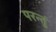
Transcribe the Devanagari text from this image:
परन्तुं